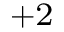
^ { + 2 }